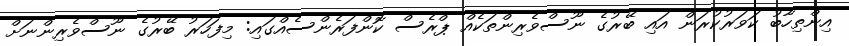
އިންތިހާބު ކަވަރުކުރަން އައި ބޭރުގެ ނޫސްވެރިންތަކެއް ޕްރެސް ކޮންފަރެންސެއްގައި: މިފަހަރު ބޭރުގެ ނޫސްވެރިންނަށް